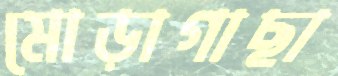
মোড়াগাছা